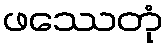
ဖဿေတုံ